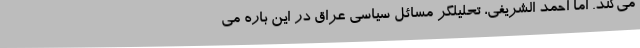
می‌کند. اما احمد الشریفی، تحلیلگر مسائل سیاسی عراق در این باره می